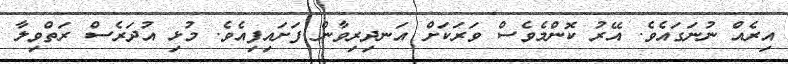
އިރެއް ނުނަގައެވެ. އޭރު ކޮންމެވެސް ވަރަކަށް އަނދިރިވާން ފަށައިފިއެވެ. މުޅި އުދަރެސް ރަތްވިލާ